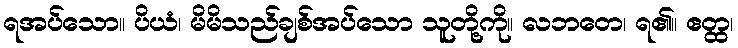
ရအပ်သော။ ပိယံ၊ မိမိသည်ချစ်အပ်သော သူတို့ကို။ လဘတေ၊ ရ၏။ ဧတ္ထ၊